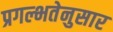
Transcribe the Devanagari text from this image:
प्रगल्भतेनुसार